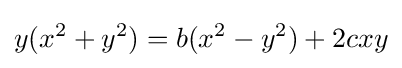
y(x^{2}+y^{2})=b(x^{2}-y^{2})+2cxy